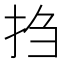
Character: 𫼝